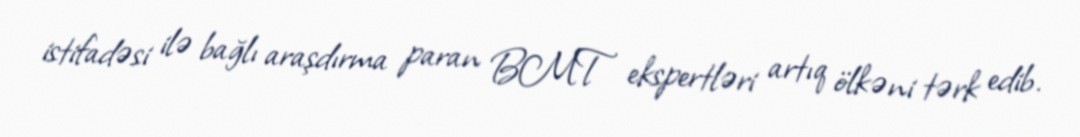
istifadəsi ilə bağlı araşdırma paran BMT ekspertləri artıq ölkəni tərk edib.